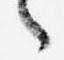
々